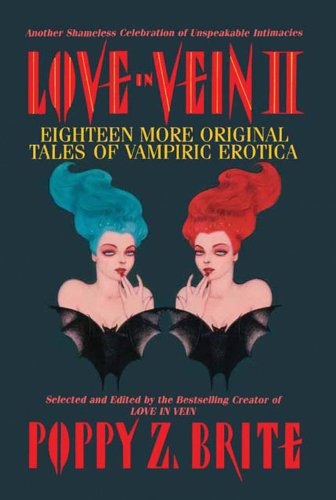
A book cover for Love In Vein II (18 More Tales of Vampiric Erotica); Romance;